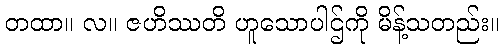
တထာ။ လ။ ဇဟိဿတိ ဟူသောပါဌ်ကို မိန့်သတည်း။